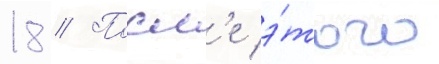
18 // Посл'е э́того